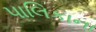
પાલિકાના